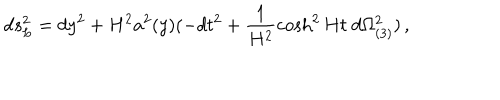
d s _ { L } ^ { 2 } = d y ^ { 2 } + H ^ { 2 } a ^ { 2 } ( y ) ( - d t ^ { 2 } + \frac { 1 } { H ^ { 2 } } \cosh ^ { 2 } H t \; d \Omega _ { ( 3 ) } ^ { 2 } ) \, ,